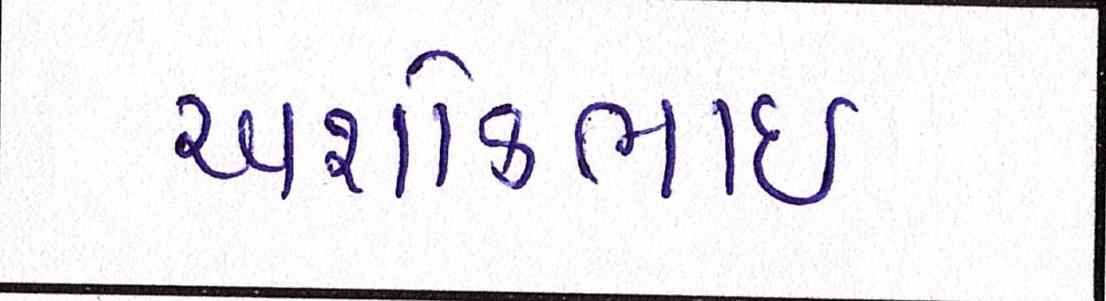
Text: અશોકભાઇ